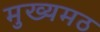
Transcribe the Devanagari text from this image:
मुख्यमठ